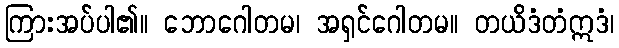
ကြားအပ်ပါ၏။ ဘောဂေါတမ၊ အရှင်ဂေါတမ။ တယိဒံတံဣဒံ၊